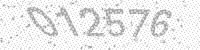
Solution: 012576